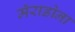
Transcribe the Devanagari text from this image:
मॅराडोना